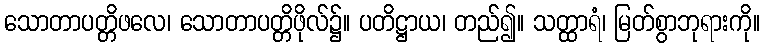
သောတာပတ္တိဖလေ၊ သောတာပတ္တိဖိုလ်၌။ ပတိဋ္ဌာယ၊ တည်၍။ သတ္ထာရံ၊ မြတ်စွာဘုရားကို။